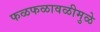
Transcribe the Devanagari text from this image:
फळफळावळीमुळे